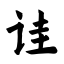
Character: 诖